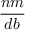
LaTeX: \frac { n m } { d b }